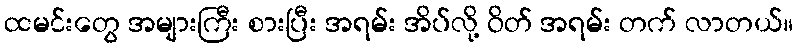
ထမင်းတွေ အများကြီး စားပြီး အရမ်း အိပ်လို့ ဝိတ် အရမ်း တက် လာတယ်။